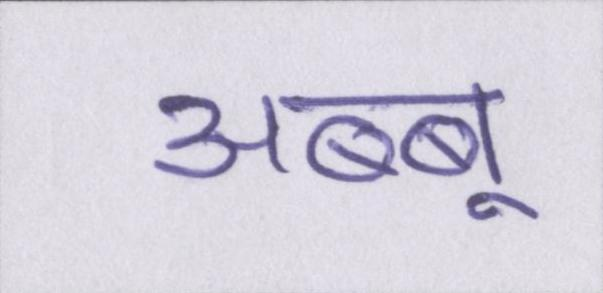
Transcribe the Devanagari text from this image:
अब्बू